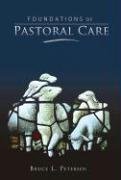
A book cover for Foundations of Pastoral Care; Bruce L Petersen; Christian Books & Bibles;